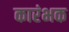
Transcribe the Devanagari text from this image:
कारंभक